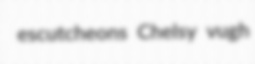
escutcheons Chelsy vugh